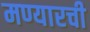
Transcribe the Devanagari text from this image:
मण्यारची